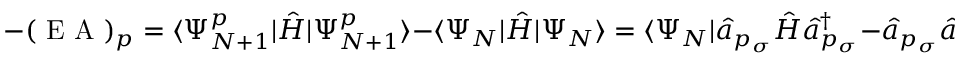
- ( \mathrm { ~ E ~ A ~ } ) _ { p } = \langle \Psi _ { N + 1 } ^ { p } | \hat { H } | \Psi _ { N + 1 } ^ { p } \rangle - \langle \Psi _ { N } | \hat { H } | \Psi _ { N } \rangle = \langle \Psi _ { N } | \hat { a } _ { p _ { \sigma } } \hat { H } \hat { a } _ { p _ { \sigma } } ^ { \dagger } - \hat { a } _ { p _ { \sigma } } \hat { a } _ { p _ { \sigma } } ^ { \dagger } \hat { H } | \Psi _ { N } \rangle